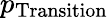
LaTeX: p_{\mathrm{Transition}}